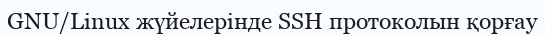
GNU/Linux жүйелерінде SSH протоколын қорғау